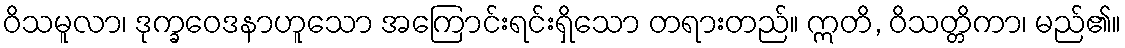
ဝိသမူလာ၊ ဒုက္ခဝေဒနာဟူသော အကြောင်းရင်းရှိသော တရားတည်။ ဣတိ, ဝိသတ္တိကာ၊ မည်၏။